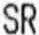
SR